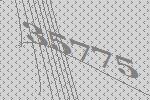
35775